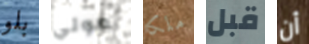
بلو مولي ملكا قبل أن